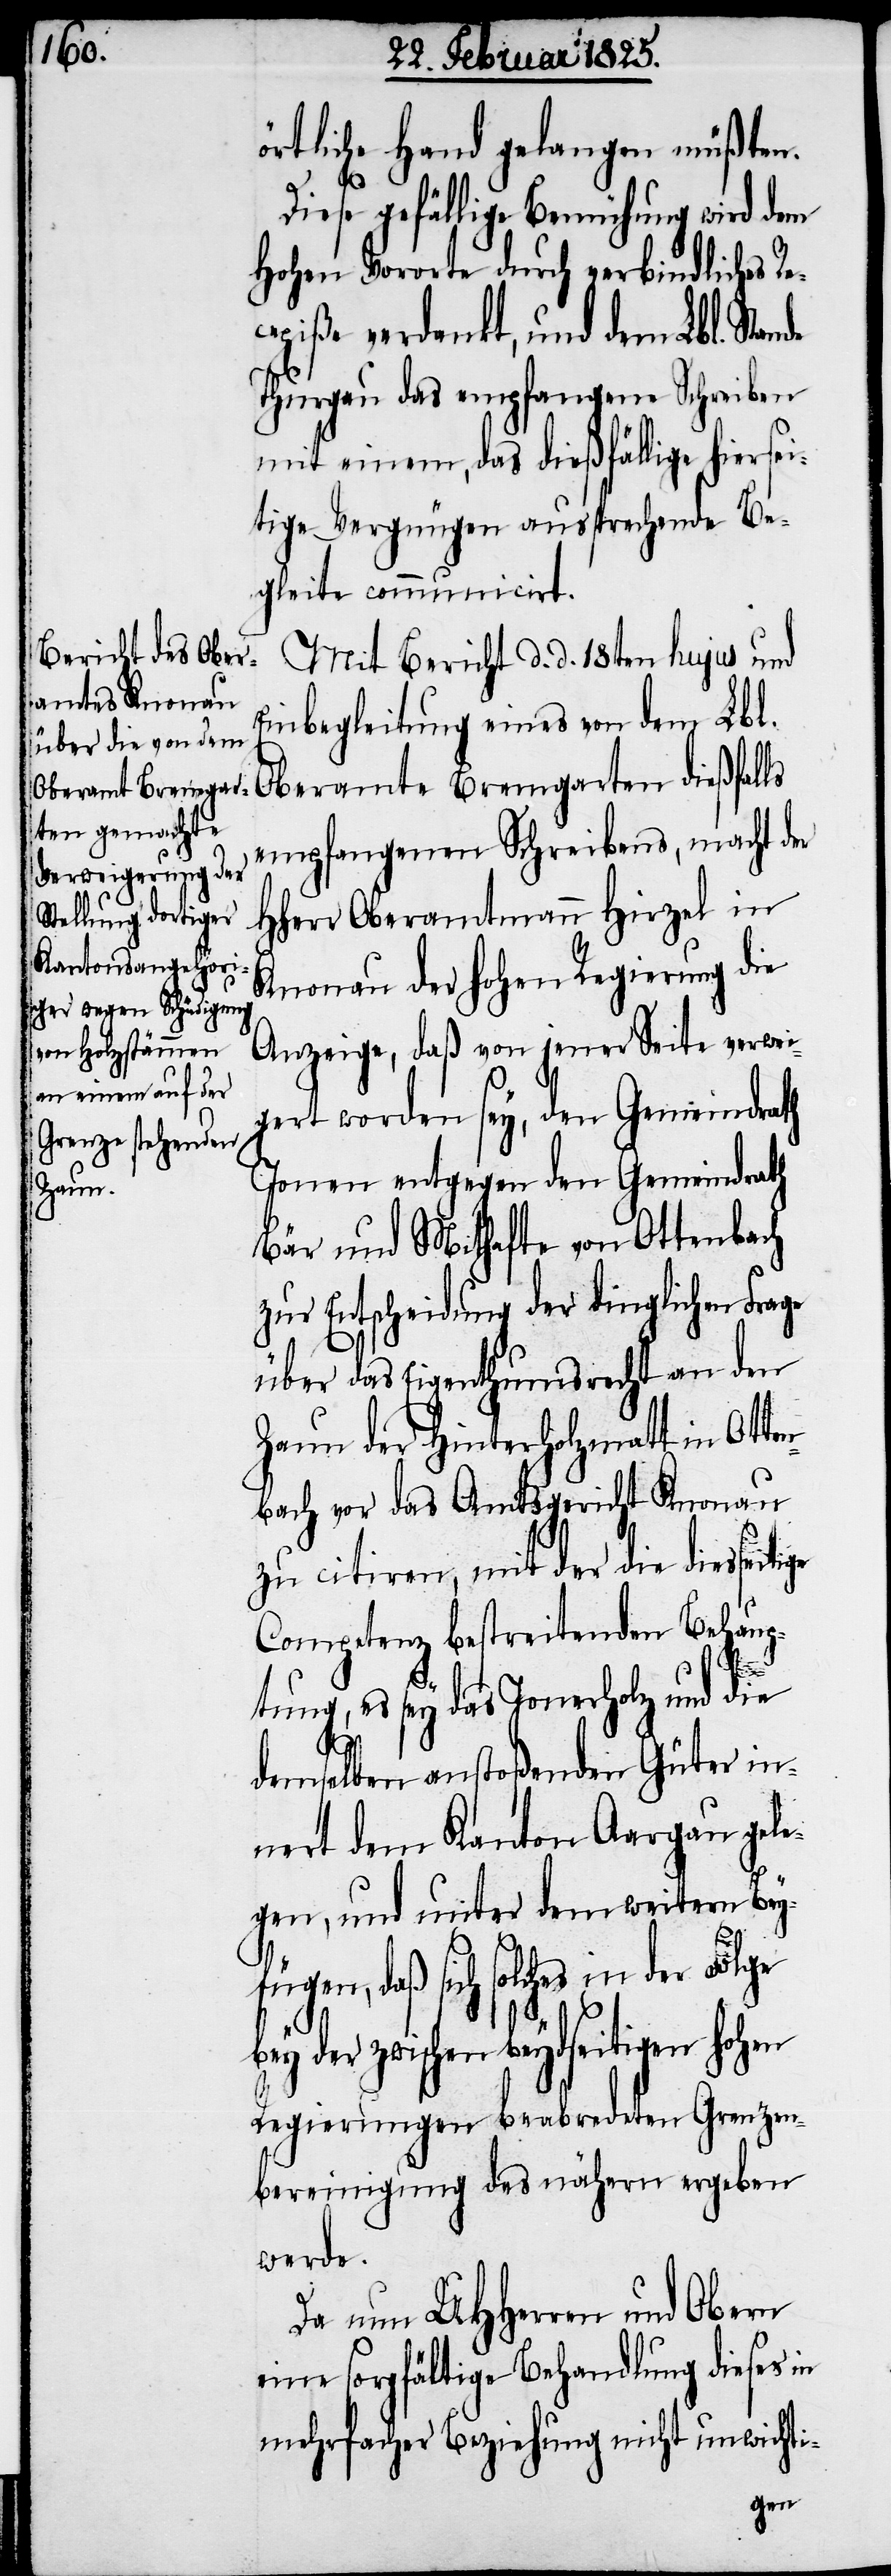
Rece¬

örtliche Hand gelangen müßten.
Diese gefällige Bemühung wird dem
Hohen Vororte durch verbindliches
piße verdankt, und dem Lbl. Stan¬
Thurgau das empfangene Schreiben
mit einem, das dießfällige hiersei¬
tige Vergnügen aussprechende Be¬
gleite communicirt.
Mit Bericht d. d. 18ten hujus und
Einbegleitung eines von dem Lbl.
Oberamte Bremgarten dießfalls
empfangenen Schreibens, macht der
HHerr Oberamtmann Hirzel in
Knonau der hohen Regierung die
Anzeige, daß von jener Seite verwei¬
gert worden sey, dem Gemeindrath
Jonen entgegen den Gemeindrath
Bär und Mithafte von Ottenbach
zur Entscheidung der dinglichen Frage
über das Eigenthumsrecht an den
Zaun der Hinterholzmatt in Ot¬
bach vor das Amtsgericht Knonau
zu citiren, mit der die diesseit¬
Competenz bestreitenden Behaup¬
tung, es sey das Jonerholz und die
demselben anstoßenden Güter in¬
nert dem Kanton Aargau gele¬
gen, und unter dem weitern Bey¬
fügen, daß sich solches in der Folge
bey der zwischen beydseitigen hohen
Regierungen beabredeten Grenzen¬
bereinigung des nähern ergeben
werde.
Da nun UHHerren und Obern
eine sorgfältige Behandlung dieses in
mehrfacher Beziehung nicht unwichti-
ige